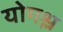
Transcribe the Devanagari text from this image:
योगश्ल